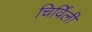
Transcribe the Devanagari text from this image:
चिर्विंली